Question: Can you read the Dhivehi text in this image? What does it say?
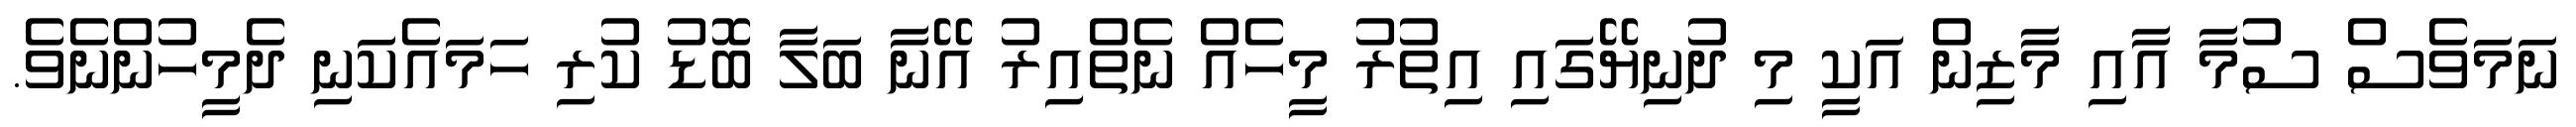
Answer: ނަމަވެސް ސުމާ އާއި މާޒިން އަކީ މި ދުނިޔޭގައި އިތުރު މީހެއް ނެތްއިރު އޭނާ ބަލާ ބޮޑު ކުރި ހަމައެކަނި ދެމީހުންނެވެ.